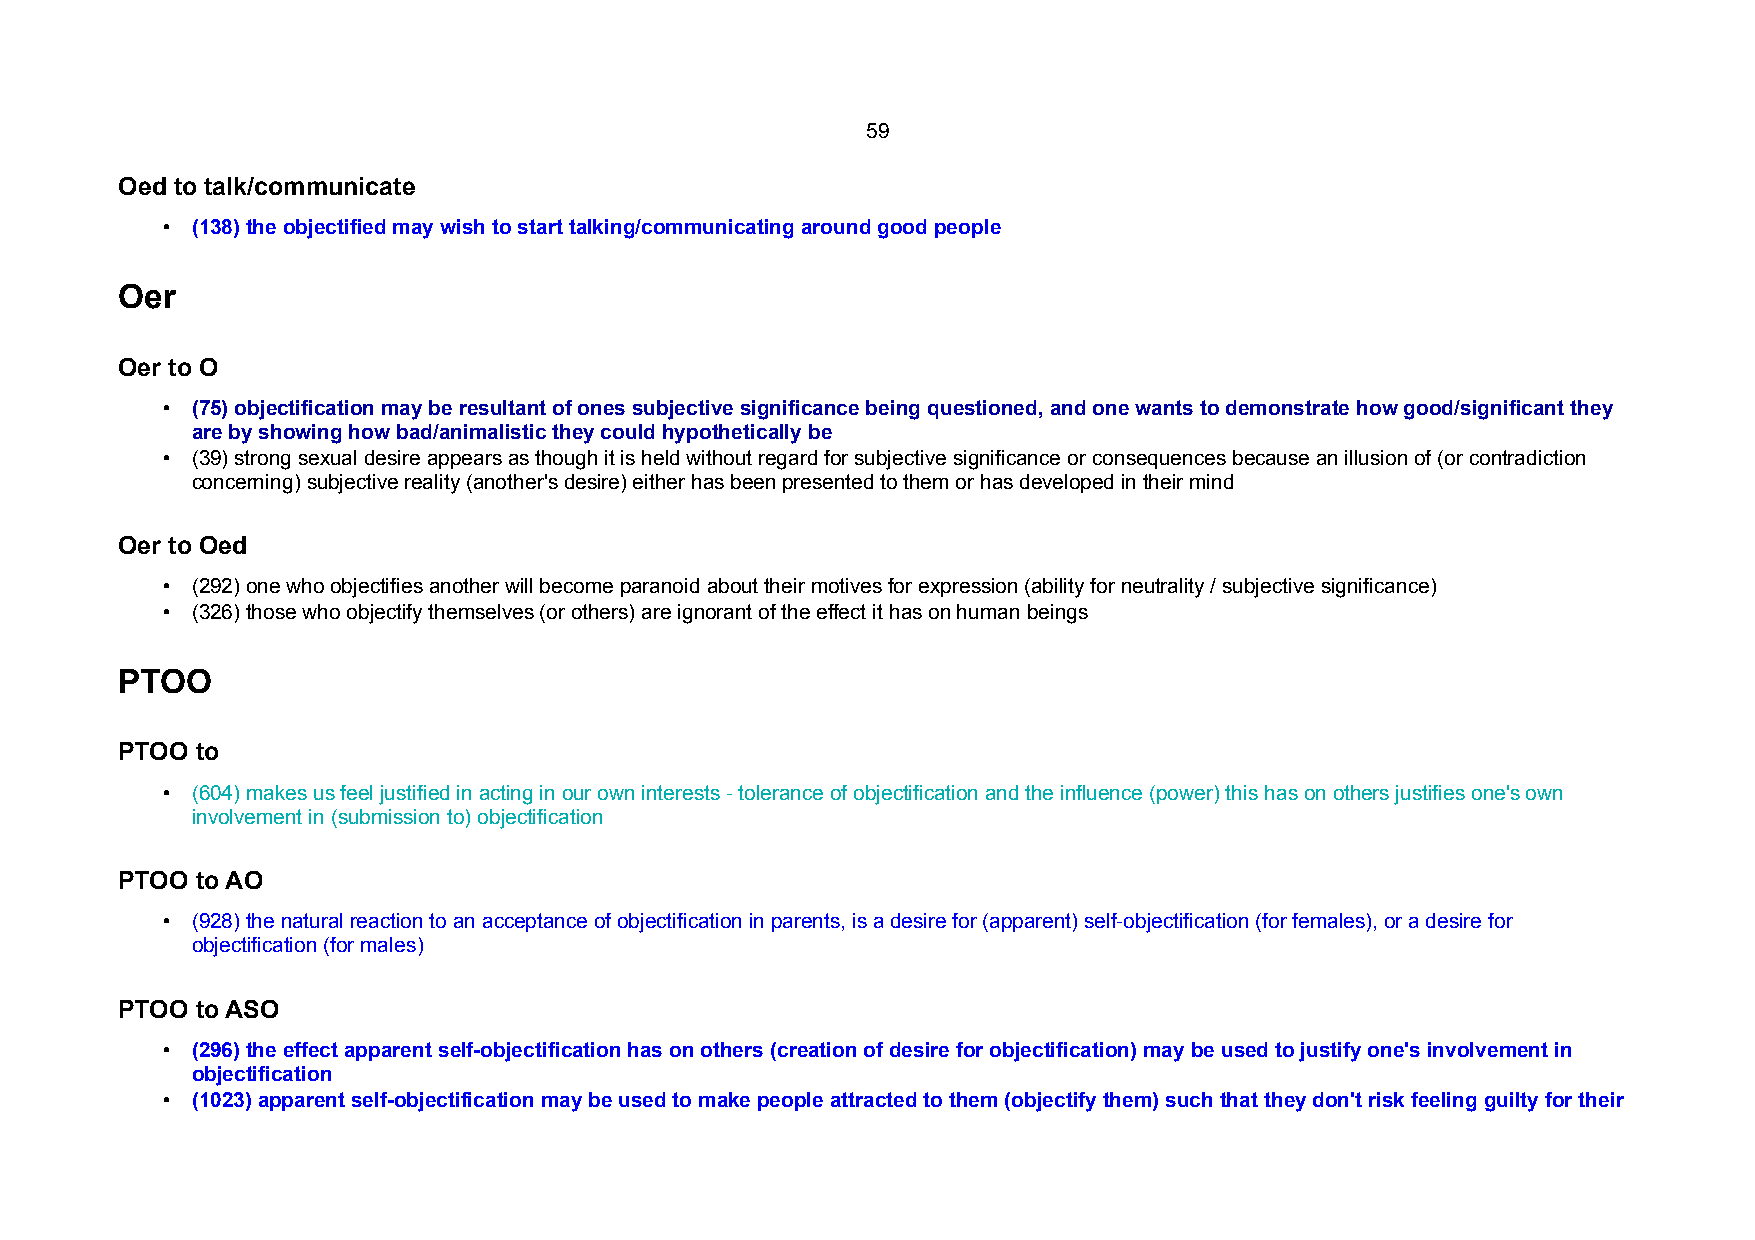
59
 Oed to talk/communicate
 • (138) the objectified may wish to start talking/communicating around good people
 Oer
 Oer to O
 • (75) objectification may be resultant of ones subjective significance being questioned, and one wants to demonstrate how good/significant they
 are by showing how bad/animalistic they could hypothetically be
 • (39) strong sexual desire appears as though it is held without regard for subjective significance or consequences because an illusion of (or contradiction
 concerning) subjective reality (another's desire) either has been presented to them or has developed in their mind
 Oer to Oed
 • (292) one who objectifies another will become paranoid about their motives for expression (ability for neutrality / subjective significance)
 • (326) those who objectify themselves (or others) are ignorant of the effect it has on human beings
 PTOO
 PTOO to
 • (604) makes us feel justified in acting in our own interests - tolerance of objectification and the influence (power) this has on others justifies one's own
 involvement in (submission to) objectification
 PTOO to AO
 • (928) the natural reaction to an acceptance of objectification in parents, is a desire for (apparent) self-objectification (for females), or a desire for
 objectification (for males)
 PTOO to ASO
 • (296) the effect apparent self-objectification has on others (creation of desire for objectification) may be used to justify one's involvement in
 objectification
 • (1023) apparent self-objectification may be used to make people attracted to them (objectify them) such that they don't risk feeling guilty for their